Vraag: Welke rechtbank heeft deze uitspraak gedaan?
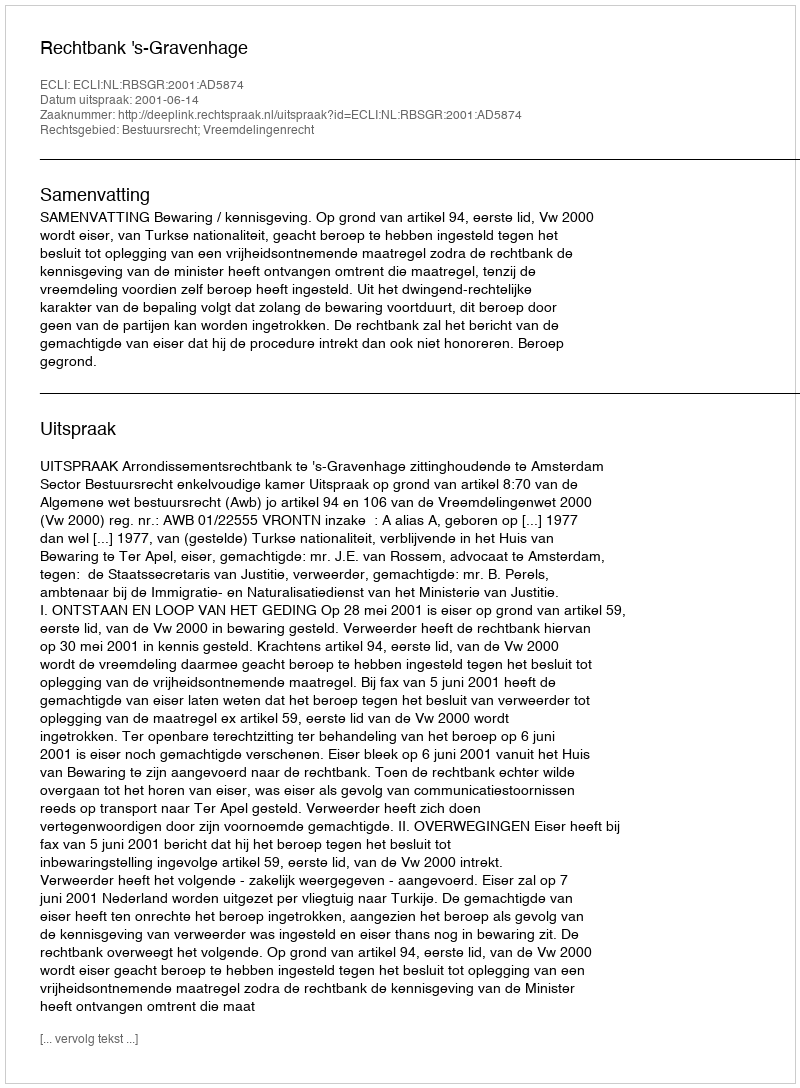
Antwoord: Rechtbank 's-Gravenhage